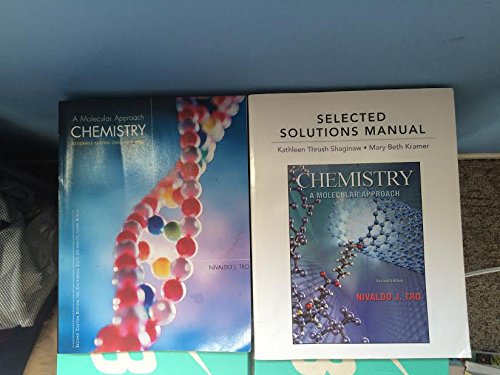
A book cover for Chemistry a Molecular Approach; Nivaldo J. Tro; Science & Math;